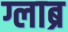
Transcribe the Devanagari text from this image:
ग्लाब्र